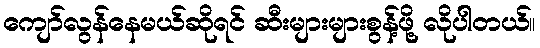
ကျော်လွန်နေမယ်ဆိုရင် ဆီးများများစွန့်ဖို့ လိုပါတယ်။